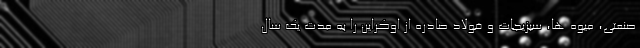
صنعتی، میوه ها، سبزیجات و فولاد صادره از اوکراین را به مدت یک سال